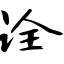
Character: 诠